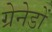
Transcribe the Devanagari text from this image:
ग्रेनेडों